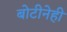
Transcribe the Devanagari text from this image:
बोटीनेही